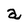
Character: a